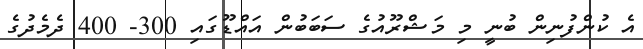
އެ ކުންފުނިން ބުނީ މި މަޝްރޫއުގެ ސަބަބުން އައްޑޫގައި 300- 400 ދެމެދުގެ